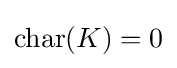
{\text{char}}(K)=0